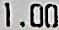
1.00